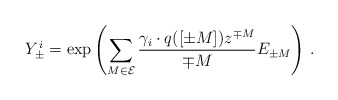
\begin{align*}Y^{i}_{\pm }=\exp \left( \sum _{M\in \cal E}\frac{\gamma _{i}\cdot q([\pm M])z^{\mp M}}{\mp M}E_{\pm M}\right) \, .\end{align*}